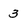
Character: 3